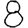
Digit: 8